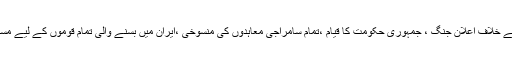
ایران کی سالمیت وآزادی کا تحفظ ،برطانوی سامراج کے خلاف اعلانِ جنگ ، جمہوری حکومت کا قیام ،تمام سامراجی معاہدوں کی منسوخی ،ایران میں بسنے والی تمام قوموں کے لیے مساوی حقوق اور جاگیرداری کا خاتمہ اس کا منشور تھا ۔